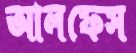
আলফেস